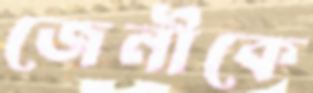
জেনীকে